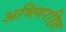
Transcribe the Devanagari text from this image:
अभिगरहित